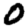
Digit: 0